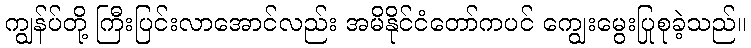
ကျွန်ပ်တို့ ကြီးပြင်းလာအောင်လည်း အမိနိုင်ငံတော်ကပင် ကျွေးမွေးပြုစုခဲ့သည်။